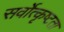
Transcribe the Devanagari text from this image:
सर्वोत्कृष्टता